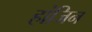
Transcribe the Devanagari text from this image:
हांजिन